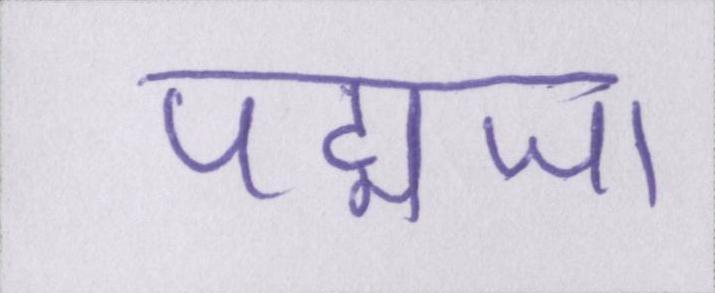
पद्मजा